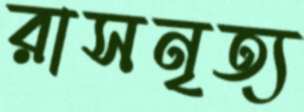
রাসনৃত্য